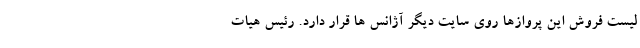
لیست فروش این پروازها روی سایت دیگر آژانس ها قرار دارد. رئیس هیات